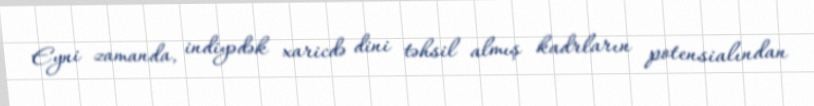
Eyni zamanda, indiyədək xaricdə dini təhsil almış kadrların potensialından